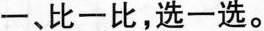
一、比一比，选一选。